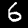
Label: 6